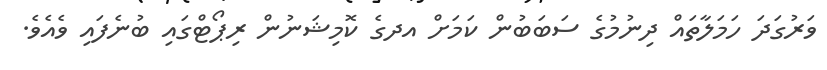
ވަރުގަދަ ހަމަލާތައް ދިނުމުގެ ސަބަބުން ކަމަށް އދގެ ކޮމިޝަނުން ރިޕޯޓްގައި ބުނެފައި ވެއެވެ.